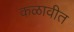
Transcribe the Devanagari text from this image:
कळावीत